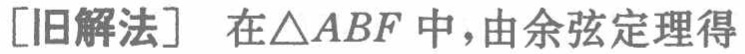
[旧解法] 在$\triangle ABF$中，由余弦定理得